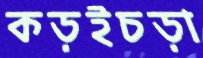
কড়ইচড়া